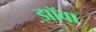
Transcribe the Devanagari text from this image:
झॉवा